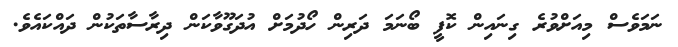
ނަމަވެސް މިއަށްވުރެ ގިނައިން ކޮފީ ބޯނަމަ ދަރިން ހޯދުމަށް އުދަގޫވާކަން ދިރާސާތަކުން ދައްކައެވެ.